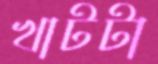
খাটটা